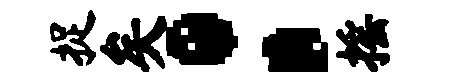
捉矣：摇